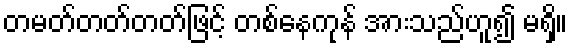
တမတ်တတ်တတ်ဖြင့် တစ်နေကုန် အားသည်ဟူ၍ မရှိ။